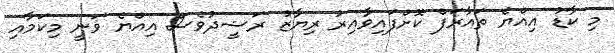
މި ކާޑު އިއްޔެ ތައާރަފް ކޮށްފައިވާއިރު ރިޔާޒު ރަޝީދުވެސް އިއްޔެ ވަނީ މިކަމާއި